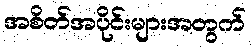
အစိတ်အပိုင်းများအတွက်